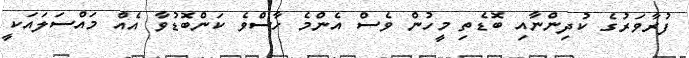
ފުރާވަރުގެ ކުދިންނާއި ބޮޑެތި މީހުން ވެސް އެންމެ ހާސްވެ ކަންބޮޑުވާ އެއް މައްސަލައަކީ